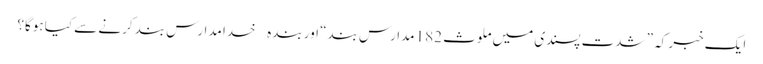
ایک خبر کہ ”شدت پسندی میں ملوث 182 مدارس بند“ اور بندہ خدا مدارس بند کرنے سے کیا ہوگا؟